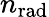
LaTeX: n_{\mathrm{rad}}